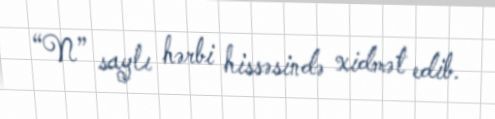
“N” saylı hərbi hissəsində xidmət edib.